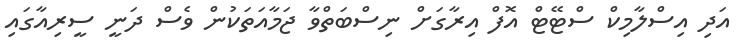
އަދި އިސްލާމިކް ސްޓޭޓް އޮފް އިރާގަށް ނިސްބަތްވާ ޖަމާއަތަކުން ވެސް ދަނީ ސީރިއާގައި